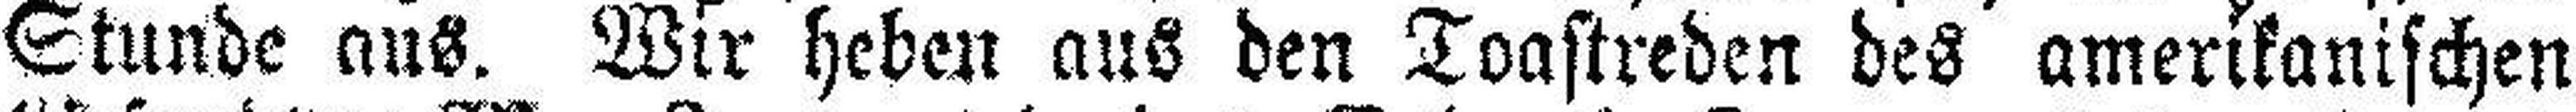
Stunde aus. Wir heben aus den Toastreden des amerikanischen